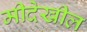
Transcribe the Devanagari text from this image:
मीदेखील